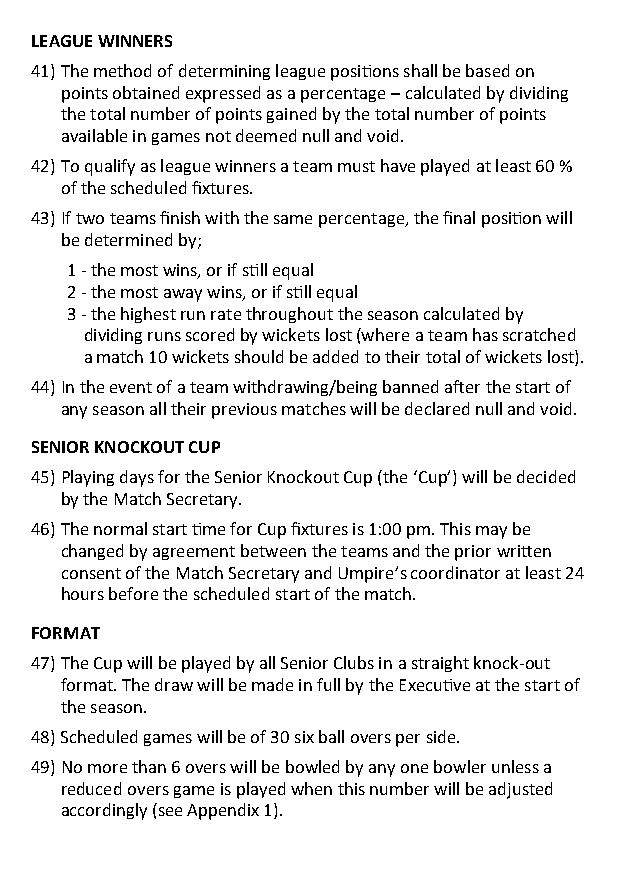
LEAGUE WINNERS
 41) The method of determining league positions shall be based on
 points obtained expressed as a percentage – calculated by dividing
 the total number of points gained by the total number of points
 available in games not deemed null and void.
 42) To qualify as league winners a team must have played at least 60 %
 of the scheduled fixtures.
 43) If two teams finish with the same percentage, the final position will
 be determined by;
 1 - the most wins, or if still equal
 2 - the most away wins, or if still equal
 3 - the highest run rate throughout the season calculated by
 dividing runs scored by wickets lost (where a team has scratched
 a match 10 wickets should be added to their total of wickets lost).
 44) In the event of a team withdrawing/being banned after the start of
 any season all their previous matches will be declared null and void.
 SENIOR KNOCKOUT CUP
 45) Playing days for the Senior Knockout Cup (the ‘Cup’) will be decided
 by the Match Secretary.
 46) The normal start time for Cup fixtures is 1:00 pm. This may be
 changed by agreement between the teams and the prior written
 consent of the Match Secretary and Umpire’s coordinator at least 24
 hours before the scheduled start of the match.
 FORMAT
 47) The Cup will be played by all Senior Clubs in a straight knock-out
 format. The draw will be made in full by the Executive at the start of
 the season.
 48) Scheduled games will be of 30 six ball overs per side.
 49) No more than 6 overs will be bowled by any one bowler unless a
 reduced overs game is played when this number will be adjusted
 accordingly (see Appendix 1).